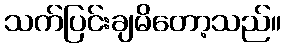
သက်ပြင်းချမိတော့သည်။